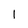
Character: l